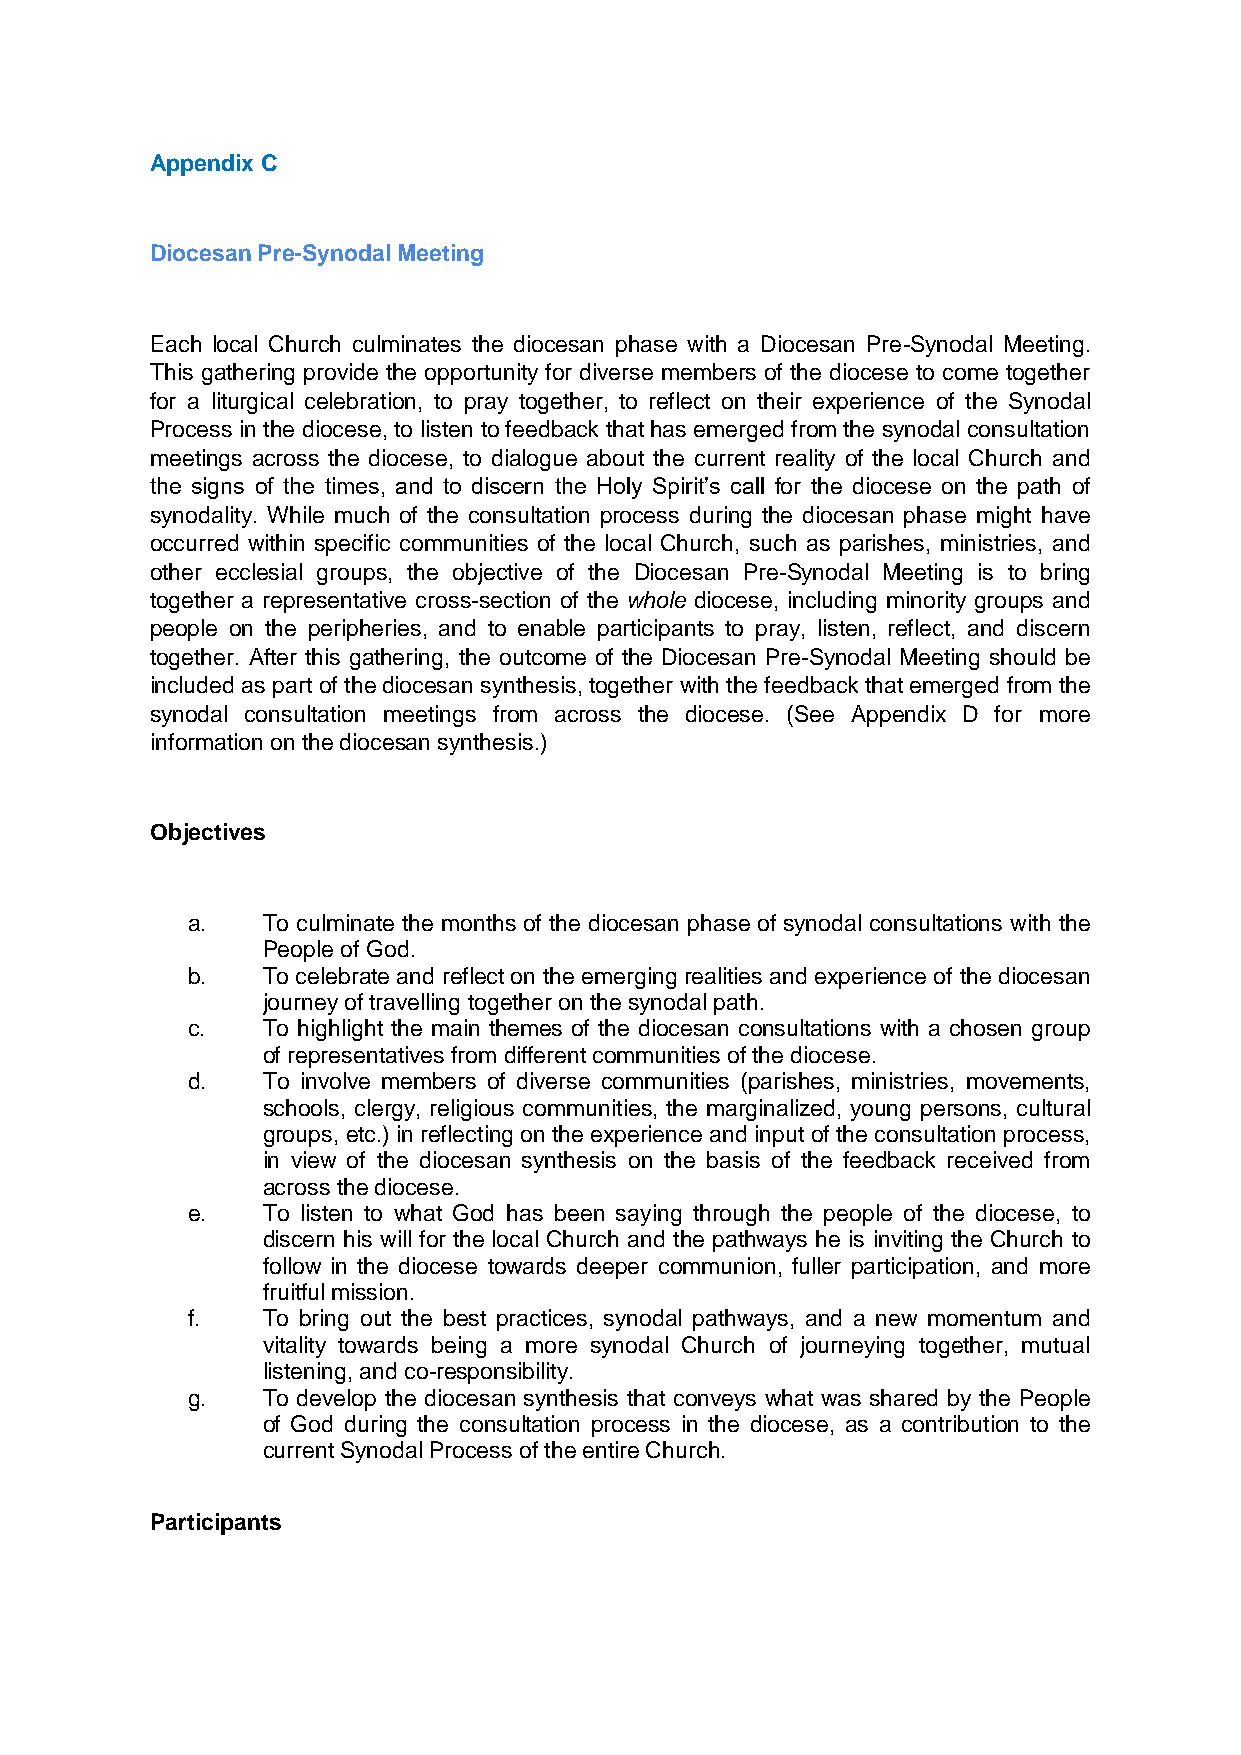
Appendix C
 Diocesan Pre-Synodal Meeting
 Each local Church culminates the diocesan phase with a Diocesan Pre-Synodal Meeting.
 This gathering provide the opportunity for diverse members of the diocese to come together
 for a liturgical celebration, to pray together, to reflect on their experience of the Synodal
 Process in the diocese, to listen to feedback that has emerged from the synodal consultation
 meetings across the diocese, to dialogue about the current reality of the local Church and
 the signs of the times, and to discern the Holy Spirit’s call for the diocese on the path of
 synodality. While much of the consultation process during the diocesan phase might have
 occurred within specific communities of the local Church, such as parishes, ministries, and
 other ecclesial groups, the objective of the Diocesan Pre-Synodal Meeting is to bring
 together a representative cross-section of the whole diocese, including minority groups and
 people on the peripheries, and to enable participants to pray, listen, reflect, and discern
 together. After this gathering, the outcome of the Diocesan Pre-Synodal Meeting should be
 included as part of the diocesan synthesis, together with the feedback that emerged from the
 synodal consultation meetings from across the diocese. (See Appendix D for more
 information on the diocesan synthesis.)
 Objectives
 a.   To culminate the months of the diocesan phase of synodal consultations with the
 People of God.
 b.   To celebrate and reflect on the emerging realities and experience of the diocesan
 journey of travelling together on the synodal path.
 c.   To highlight the main themes of the diocesan consultations with a chosen group
 of representatives from different communities of the diocese.
 d.   To involve members of diverse communities (parishes, ministries, movements,
 schools, clergy, religious communities, the marginalized, young persons, cultural
 groups, etc.) in reflecting on the experience and input of the consultation process,
 in view of the diocesan synthesis on the basis of the feedback received from
 across the diocese.
 e.   To listen to what God has been saying through the people of the diocese, to
 discern his will for the local Church and the pathways he is inviting the Church to
 follow in the diocese towards deeper communion, fuller participation, and more
 fruitful mission.
 f.   To bring out the best practices, synodal pathways, and a new momentum and
 vitality towards being a more synodal Church of journeying together, mutual
 listening, and co-responsibility.
 g.   To develop the diocesan synthesis that conveys what was shared by the People
 of God during the consultation process in the diocese, as a contribution to the
 current Synodal Process of the entire Church.
 Participants